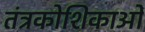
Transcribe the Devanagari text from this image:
तंत्रकोशिकाओं